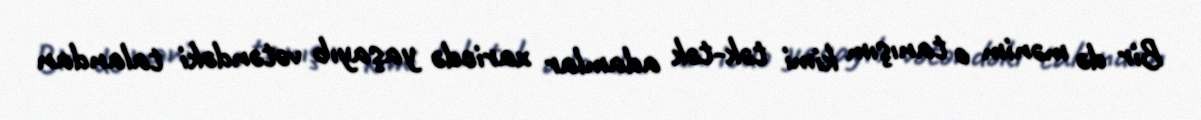
Bir də mənim o tanışım kimi tək-tək adamlar xaricdə yaşayıb vətəndəki talandan